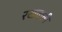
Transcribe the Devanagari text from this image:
रखवाती